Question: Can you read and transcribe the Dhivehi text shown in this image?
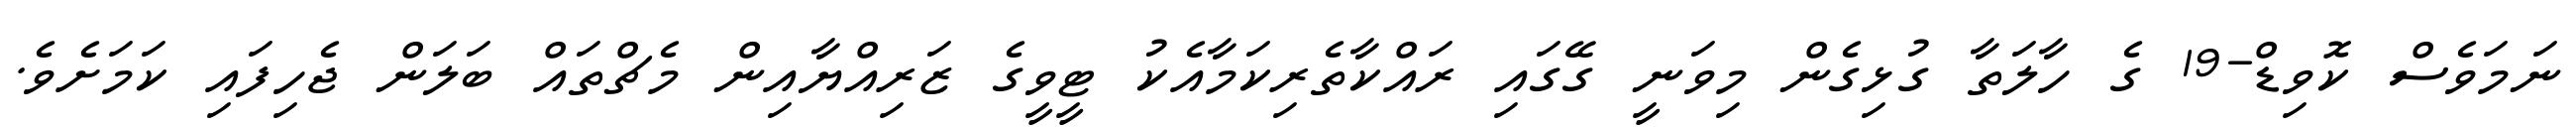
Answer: ނަމަވެސް ކޮވިޑް-19 ގެ ހާލަތާ ގުޅިގެން މިވަނީ ގޭގައި ރައްކާތެރިކަމާއެކު ޓީވީގެ ޒަރިއްޔާއިން މެޗްތައް ބަލަން ޖެހިފައި ކަމަށެވެ.